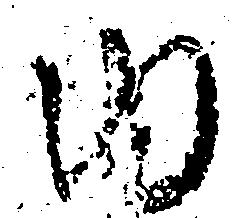
ゆ